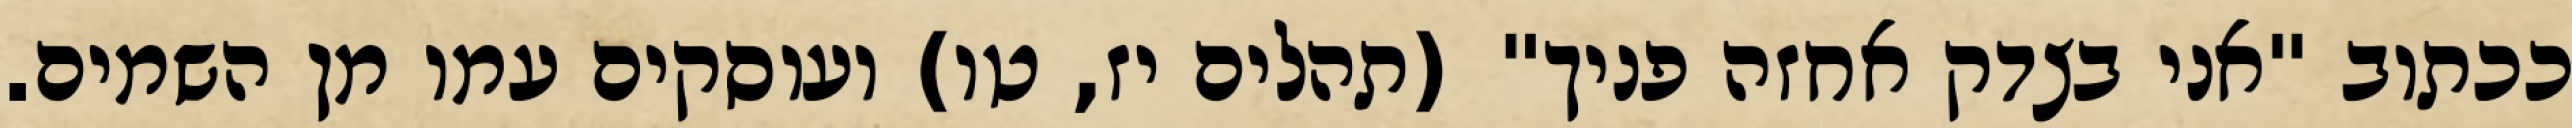
ככתוב "אני בצדק אחזה פניך" (תהלים יז, טו) ועוסקים עמו מן השמים.